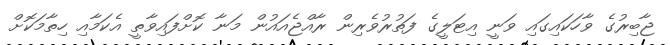
ޖާބިރުގެ ވާހަކައިގައި ވަނީ އިޓަލީގެ ފަތުރުވެރިން ރާއްޖެއައުން މަނާ ކޮށްފައިވާތީ އެކަމާއި ހިތާމަކޮށް